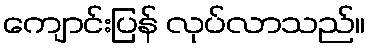
ကျောင်းပြန် လုပ်လာသည်။